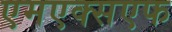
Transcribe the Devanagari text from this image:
एमएक्सएफ